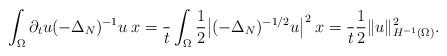
LaTeX: \begin{align*}\int_{\Omega}\partial_tu(-\Delta_N)^{-1}u\:x = \frac{}{t}\int_{\Omega}\frac{1}{2}\big|(-\Delta_N)^{-1/2}u\big|^2\:x = \frac{}{t}\frac{1}{2}\|u\|^2_{H^{-1}(\Omega)}.\end{align*}